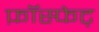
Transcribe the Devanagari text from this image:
फ़ॉस्फेट्